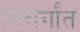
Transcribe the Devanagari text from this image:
निसर्गांत